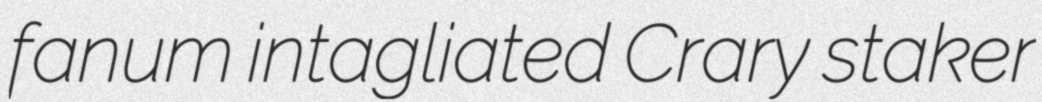
fanum intagliated Crary staker